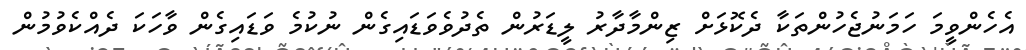
އެހެންވީމަ ހަމަނުޖެހުންތަކާ ދެކޮޅަށް ޒިންމާދާރު ލީޑަރުން ތެދުވެވަޑައިގެން ނުކުމެ ވަޑައިގެން ވާހަކަ ދެއްކެވުމުން